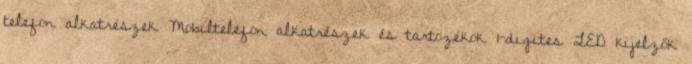
telefon alkatrészek Mobiltelefon alkatrészek és tartozékok 1-digites LED kijelzők